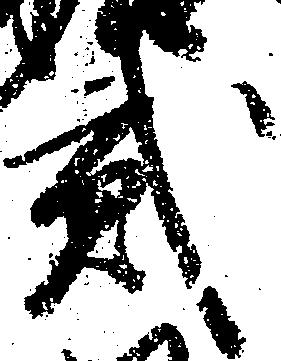
弐